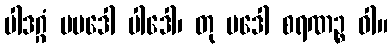
ပါဒဂ္ဂံ ပပဒေါ ပါဒေါ၊ တု ပဒေါ စရဏဉ္စ ဝါ။